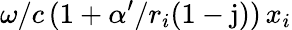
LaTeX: \omega/c\, (1+\alpha^{\prime}/r_{i}(1-\mathrm{j}))\, x_{i}